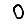
Digit: 0